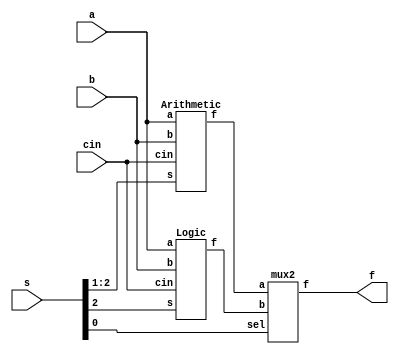
// Project 2 ALU module
// Dev: Harper Hill and Mariano Arce

module ALU(input [3:0]a, input [3:0]b, input[0:2]s, input cin, output [3:0]f);
	// vars are backwards

    wire [3:0]fa; // Adder signal
    wire [3:0]fl; // Logic Signal

    Arithmetic adder(a, b, s[0:1], cin, fa); 
    Logic logics(a, b, s[0],cin, fl);
    mux2 selector2(fa, fl, s[2], f);

endmodule

module Logic(input [3:0]a, input [3:0]b, input s, cin, output [3:0]f);

	/* Operation buses */
	wire [0:1]selector;
    wire [0:3]AND;
	wire [0:3]OR;
    wire [0:3]XOR;
    wire [0:3]SET;

	assign selector[0] = cin;
	assign selector[1] = s;

	/* Each bus corresponds to one logic operation */
    assign AND = a & b;
    assign OR = a + b;
    assign XOR = a ^ b;
    assign SET = a;

	/* 4 way mux */
    mux4 selector4(AND ,OR, XOR, SET, selector, f);

endmodule


module Arithmetic(input [3:0]a, input [3:0]b, input [0:1]s, input cin, output [3:0]f);

    wire [3:0]y; // Addend
	wire [3:0]c; // Carry
	wire [3:0]sel0; // 4 bit Selector
	wire [3:0]sel1; // 4 bit Selector

	// Make Selector 0 multi bit
	assign sel0[0] = s[0];
	assign sel0[1] = s[0];
	assign sel0[2] = s[0];
	assign sel0[3] = s[0];

	// Make Selector 1 multi bit
	assign sel1[0] = s[1];
	assign sel1[1] = s[1];
	assign sel1[2] = s[1];
	assign sel1[3] = s[1];

    assign y = (b & sel0) + (~b & sel1); // Combinatorial to adder

    /* 4 bit parallel adder */
	oneBitFull b0(a[0], y[0], cin, f[0], c[0]);
	oneBitFull b1(a[1], y[1], c[0], f[1], c[1]);
	oneBitFull b2(a[2], y[2], c[1], f[2], c[2]);
	oneBitFull b3(a[3], y[3], c[2], f[3], c[3]);

endmodule

module oneBitFull(input a, b, c_in, output f, c_out);

	/* Cout = ACin + BCin + AB*/
	assign c_out = (a & c_in) + (b & c_in) + (a & b);

	/* F = A xor B xor Cin */
	assign f = a ^ b ^ c_in;

endmodule
 
module mux4(input [0:3]a, input [0:3]b, input [0:3]c, input [0:3]d, input [0:1]sel, output [3:0]f);

    /* First muxes output holders */
	wire [3:0]muxA;
    wire [3:0]muxB;

    /* 4 way mux with 2 way mux reuse */
	mux2 ma(a, b, sel[0], muxA);
	mux2 mb(c, d, sel[0], muxB);
	mux2 mc(muxA, muxB, sel[1], f);
	
endmodule


module mux2(input [3:0]a, input [3:0]b, input sel, output [3:0]f);

	wire [3:0]msel;
	wire [3:0]nsel;
    wire [3:0]o1;
    wire [3:0]o2;

	/* Expanding sel to 4 bits */
	assign msel[0] = sel;
	assign msel[1] = sel;
	assign msel[2] = sel;
	assign msel[3] = sel;

	/* Selector Expansion */
	assign nsel = ~msel;

	/* Mux 1 Logic */
	assign o1 = nsel & a;
	assign o2 = msel & b;
	assign f = o1 + o2;

endmodule